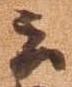
云